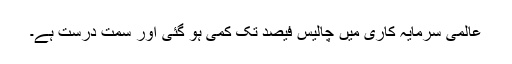
عالمی سرمایہ کاری میں چالیس فیصد تک کمی ہو گئی اور سمت درست ہے۔